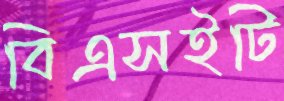
বিএসইটি